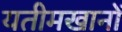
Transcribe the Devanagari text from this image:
यतीमखानों